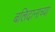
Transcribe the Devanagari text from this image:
बलिदानाच्या